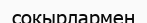
соқырлармен